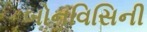
બોનવિસિની